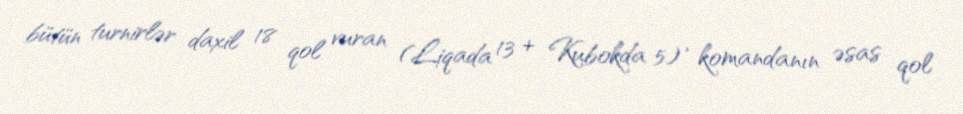
bütün turnirlər daxil 18 qol vuran (Liqada 13 + Kubokda 5) , komandanın əsas qol